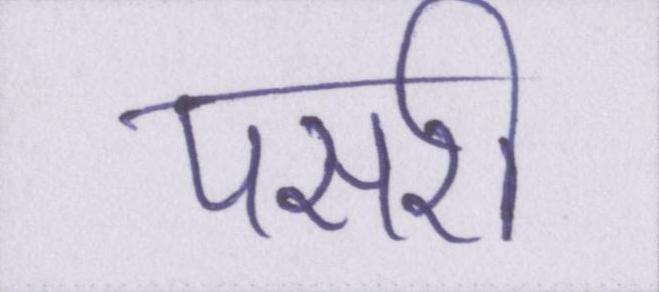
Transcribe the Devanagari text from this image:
पसरी